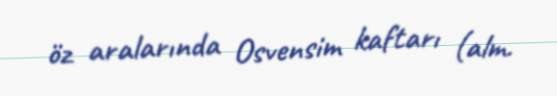
öz aralarında Osvensim kaftarı (alm.